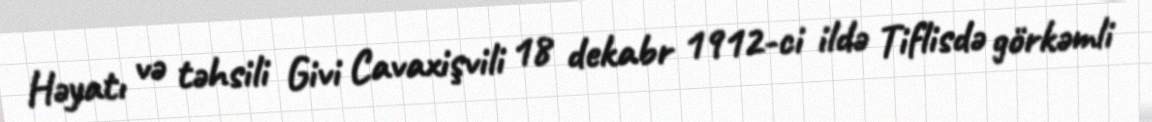
Həyatı və təhsili Givi Cavaxişvili 18 dekabr 1912-ci ildə Tiflisdə görkəmli